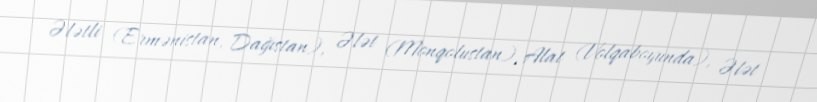
Ələtli (Ermənistan, Dağıstan), Ələt (Monqolustan), Alat (Volqaboyunda), Ələt